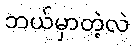
ဘယ်မှာတဲ့လဲ